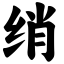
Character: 绡